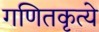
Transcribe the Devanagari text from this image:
गणितकृत्ये